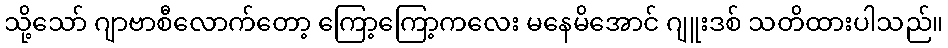
သို့သော် ဂျာဗာစီလောက်တော့ ကြော့ကြော့ကလေး မနေမိအောင် ဂျူးဒစ် သတိထားပါသည်။